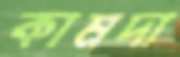
কামদা